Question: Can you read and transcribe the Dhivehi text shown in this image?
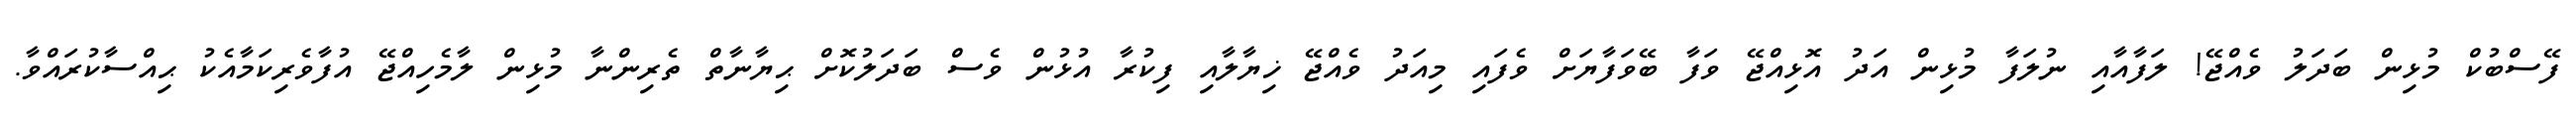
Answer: ފޭސްބުކް މުޅިން ބަދަލު ވެއްޖޭ! ލަފާއާއި ނުލަފާ މުޅިން އަދު އޮޅިއްޖޭ ވަފާ ބޭވަފާޔަށް ވެފައި މިއަދު ވެއްޖޭ ޚިޔާލާއި ފިކުރާ އުޅުން ވެސް ބަދަލުކޮށް ޙިޔާނާތް ތެރިންނާ މުޅިން ލާމެހިއްޖޭ އުފާވެރިކަމާއެކު ޙިއްސާކުރައްވާ.